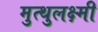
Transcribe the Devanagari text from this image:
मुत्थुलक्ष्मी